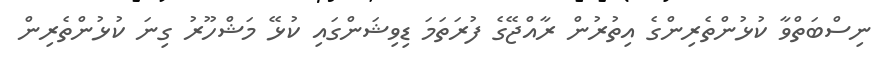
ނިސްބަތްވާ ކުޅުންތެރިންގެ އިތުރުން ރާއްޖޭގެ ފުރަތަމަ ޑިވިޝަންގައި ކުޅޭ މަޝްހޫރު ގިނަ ކުޅުންތެރިން